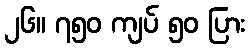
၂၆။ ၇၅၀ ကျပ် ၅၀ ပြား